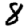
Digit: 8